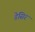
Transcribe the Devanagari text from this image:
डेसिर